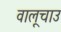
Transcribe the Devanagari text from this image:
वालूचाउ